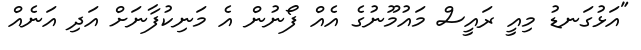
"އަޅުގަނޑު މިއީ ރައީސް މައުމޫނުގެ އެއް ފޯނުން އެ މަނިކުފާނަށް އަދި އަނެއް